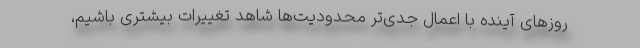
روزهای آینده با اعمال جدی‌تر محدودیت‌ها شاهد تغییرات بیشتری باشیم،